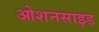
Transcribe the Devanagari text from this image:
ओशनसाइड